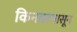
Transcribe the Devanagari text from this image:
किनवटपासून